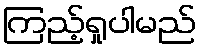
ကြည့်ရှုပါမည်